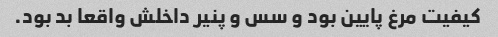
کیفیت مرغ پایین بود و سس و پنیر داخلش واقعا بد بود.